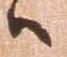
ハ